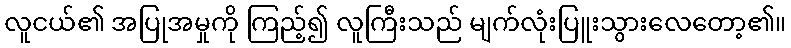
လူငယ်၏ အပြုအမှုကို ကြည့်၍ လူကြီးသည် မျက်လုံးပြူးသွားလေတော့၏။